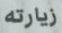
زيارته